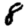
Digit: 8